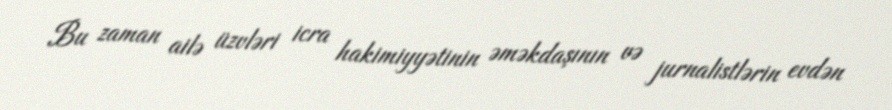
Bu zaman ailə üzvləri icra hakimiyyətinin əməkdaşının və jurnalistlərin evdən